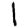
Digit: 1